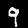
Label: 9